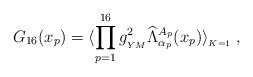
LaTeX: \begin{align*}G_{16}(x_p) = \langle \prod_{p=1}^{16} g_{_{YM}}^2 \widehat \Lambda^{A_{p}}_{\alpha_{p}}(x_{p}) \rangle_{_{K=1}} \; , \end{align*}